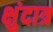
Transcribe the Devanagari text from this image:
क्षुंदात्र